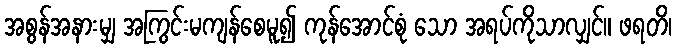
အစွန်အနားမျှ အကြွင်းမကျန်စေမူ၍ ကုန်အောင်စုံ သော အရပ်ကိုသာလျှင်။ ဖရတိ၊